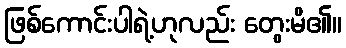
ဖြစ်ကောင်းပါရဲ့ဟုလည်း တွေးမိ၏။